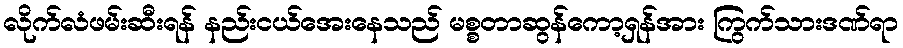
လိုက်လံဖမ်းဆီးရန် နည်းငယ်အေးနေသည် မစ္စတာဆွန်ကော့ရှန်အား ကြွက်သားဒဏ်ရာ